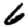
Digit: 6